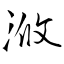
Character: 浟